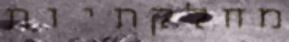
מחלקתיות